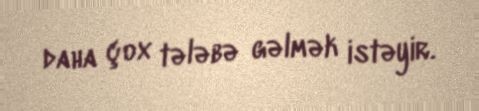
daha çox tələbə gəlmək istəyir.